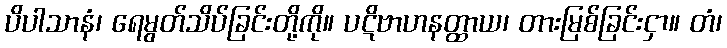
ပိပါသာနံ၊ ရေမွတ်သိပ်ခြင်းတို့ကို။ ပဋိဗာဟနတ္ထာယ၊ တားမြစ်ခြင်းငှာ။ တံ၊